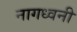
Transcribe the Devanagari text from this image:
नागध्वनी